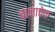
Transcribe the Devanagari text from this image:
बानाचेक